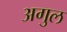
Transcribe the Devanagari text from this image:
अगुल